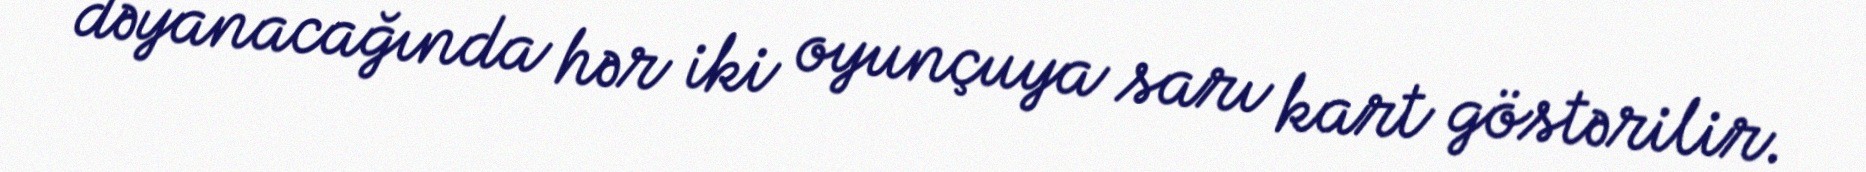
dəyanacağında hər iki oyunçuya sarı kart göstərilir.